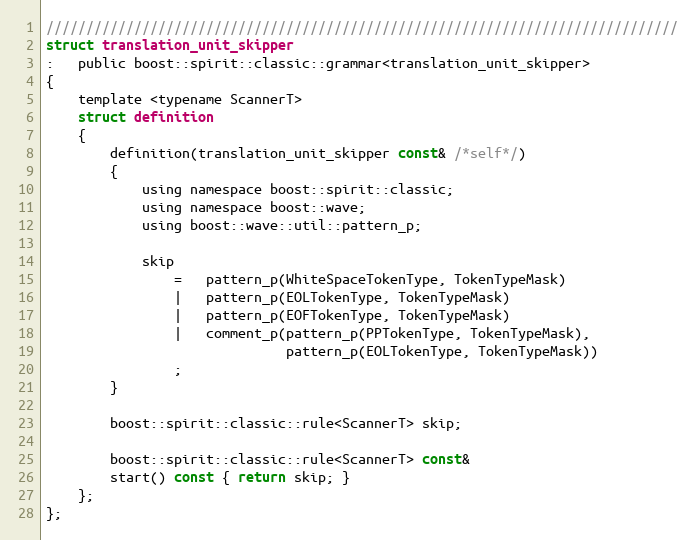
Language: C
///////////////////////////////////////////////////////////////////////////////
struct translation_unit_skipper
:   public boost::spirit::classic::grammar<translation_unit_skipper>
{
    template <typename ScannerT>
    struct definition
    {
        definition(translation_unit_skipper const& /*self*/)
        {
            using namespace boost::spirit::classic;
            using namespace boost::wave;
            using boost::wave::util::pattern_p;

            skip
                =   pattern_p(WhiteSpaceTokenType, TokenTypeMask)
                |   pattern_p(EOLTokenType, TokenTypeMask)
                |   pattern_p(EOFTokenType, TokenTypeMask)
                |   comment_p(pattern_p(PPTokenType, TokenTypeMask),
                              pattern_p(EOLTokenType, TokenTypeMask))
                ;
        }

        boost::spirit::classic::rule<ScannerT> skip;

        boost::spirit::classic::rule<ScannerT> const&
        start() const { return skip; }
    };
};